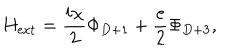
H _ { \mathrm { e x t } } = \frac { i \chi } { 2 } \Phi _ { D + 1 } + \frac { e } { 2 } \Phi _ { D + 3 } ,